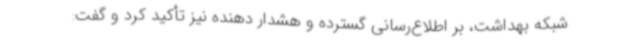
شبکه بهداشت، بر اطلاع‌رسانی گسترده و هشدار دهنده نیز تأکید کرد و گفت: